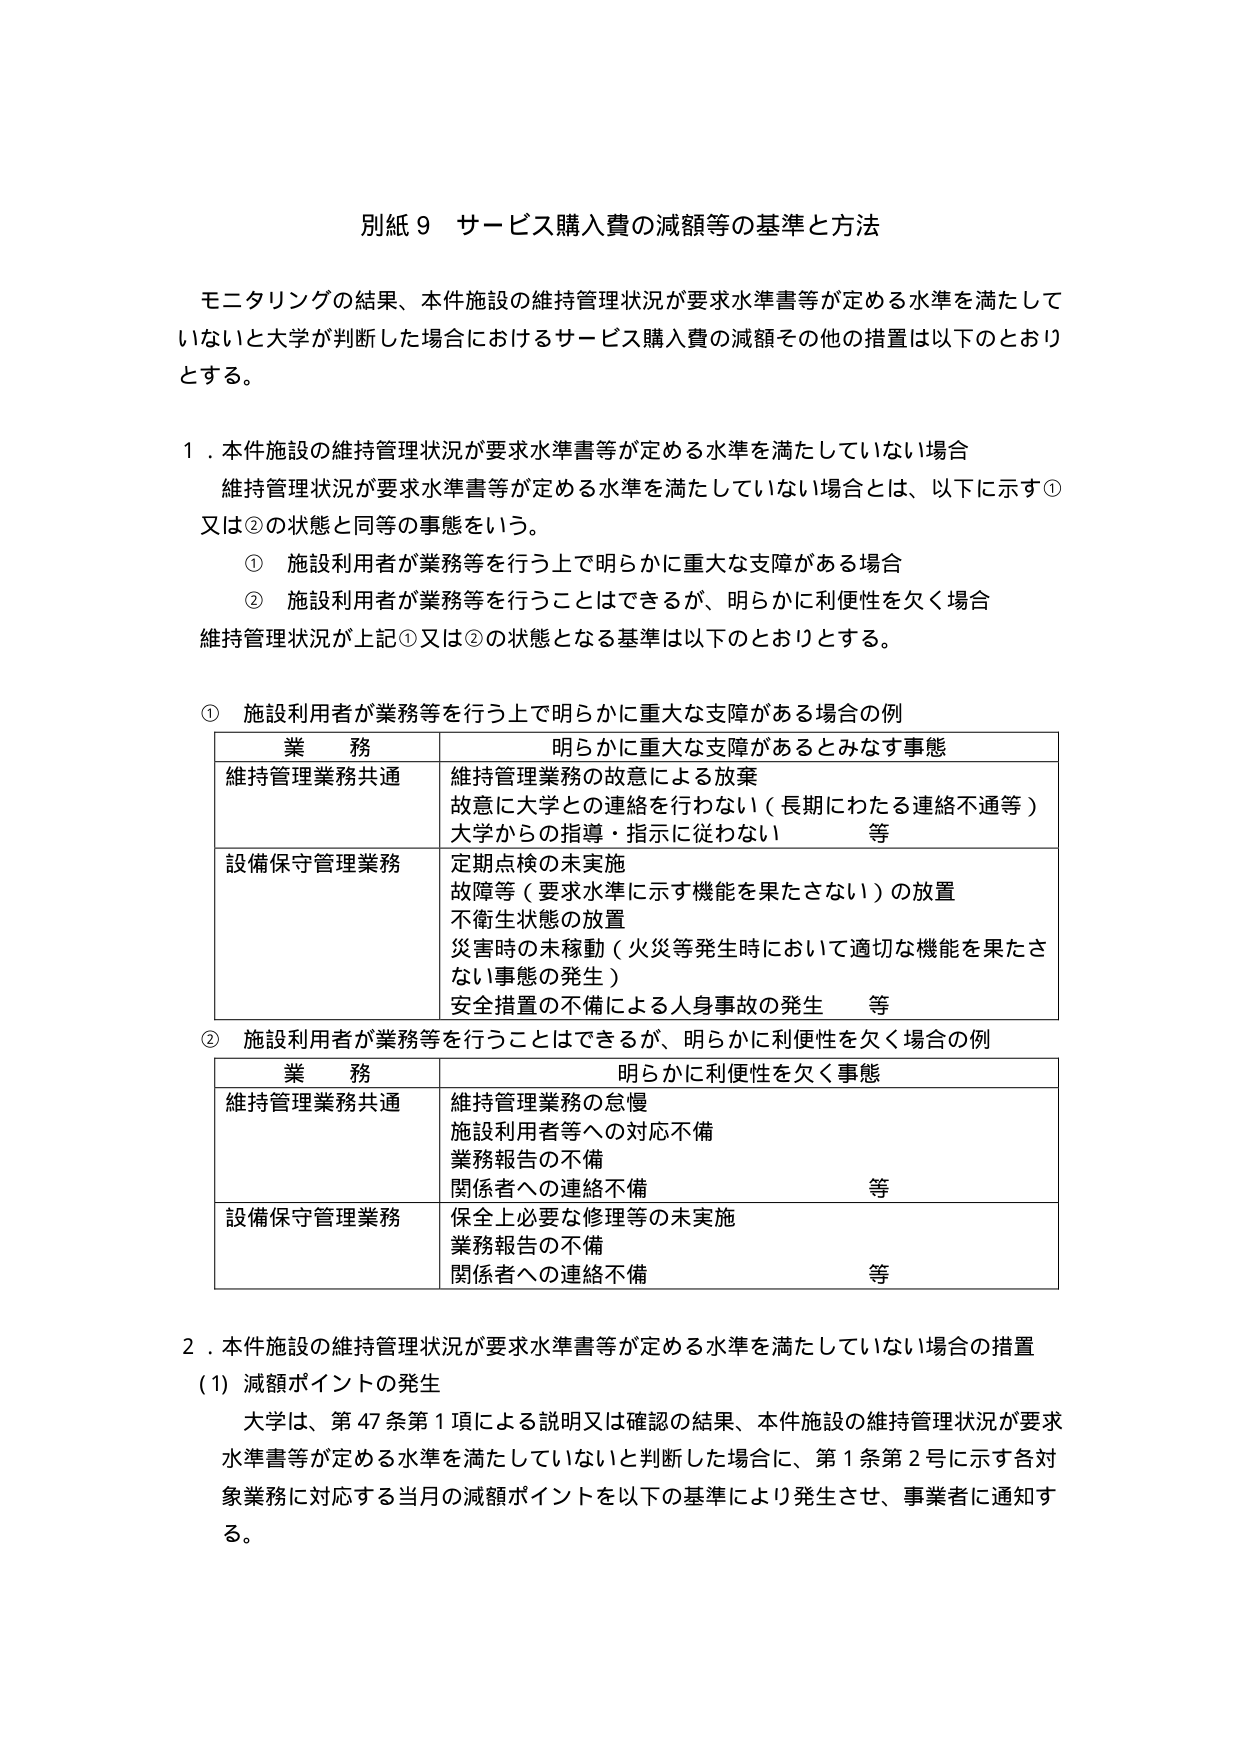
別紙９ サービス購入費の減額等の基準と方法

モニタリングの結果、本件施設の維持管理状況が要求水準書等が定める水準を満たしていないと大学が判断した場合におけるサービス購入費の減額その他の措置は以下のとおりとする。

１．本件施設の維持管理状況が要求水準書等が定める水準を満たしていない場合
維持管理状況が要求水準書等が定める水準を満たしていない場合とは、以下に示す①又は②の状態と同等の事態をいう。
　① 施設利用者が業務等を行う上で明らかに重大な支障がある場合
　② 施設利用者が業務等を行うことはできるが、明らかに利便性を欠く場合
維持管理状況が上記①又は②の状態となる基準は以下のとおりとする。

① 施設利用者が業務等を行う上で明らかに重大な支障がある場合の例
　　業務　　　　　　　　　　　　　明らかに重大な支障があるとみなす事態
　　維持管理業務共通　　　　　　維持管理業務の故意による放棄
　　　　　　　　　　　　　　　故意に大学との連絡を行わない（長期にわたる連絡不通等）
　　　　　　　　　　　　　　　大学からの指導・指示に従わない　　　等
　　設備保守管理業務　　　　　定期点検の未実施
　　　　　　　　　　　　　　　故障等（要求水準に示す機能を果たさない）の放置
　　　　　　　　　　　　　　　不衛生状態の放置
　　　　　　　　　　　　　　　災害時の未稼動（火災等発生時において適切な機能を果たさない事態の発生）
　　　　　　　　　　　　　　　安全措置の不備による人身事故の発生　等

② 施設利用者が業務等を行うことはできるが、明らかに利便性を欠く場合の例
　　業務　　　　　　　　　　　　　明らかに利便性を欠く事態
　　維持管理業務共通　　　　　維持管理業務の怠慢
　　　　　　　　　　　　　　　施設利用者等への対応不備
　　　　　　　　　　　　　　　業務報告の不備
　　　　　　　　　　　　　　　関係者への連絡不備　　　　　等
　　設備保守管理業務　　　　　保全上必要な修理等の未実施
　　　　　　　　　　　　　　　業務報告の不備
　　　　　　　　　　　　　　　関係者への連絡不備　　　　　等

２．本件施設の維持管理状況が要求水準書等が定める水準を満たしていない場合の措置
（1）減額ポイントの発生
　　大学は、第47条第1項による説明又は確認の結果、本件施設の維持管理状況が要求水準書等が定める水準を満たしていないと判断した場合に、第1条第2号に示す各対象業務に対応する当月の減額ポイントを以下の基準により発生させ、事業者に通知する。